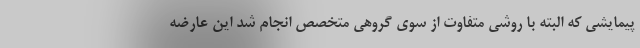
پیمایشی که البته با روشی متفاوت از سوی گروهی متخصص انجام شد این عارضه